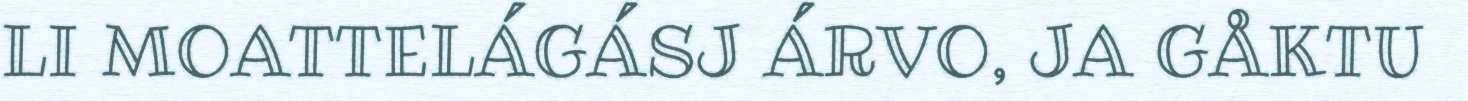
LI MOATTELÁGÁSJ ÁRVO, JA GÅKTU